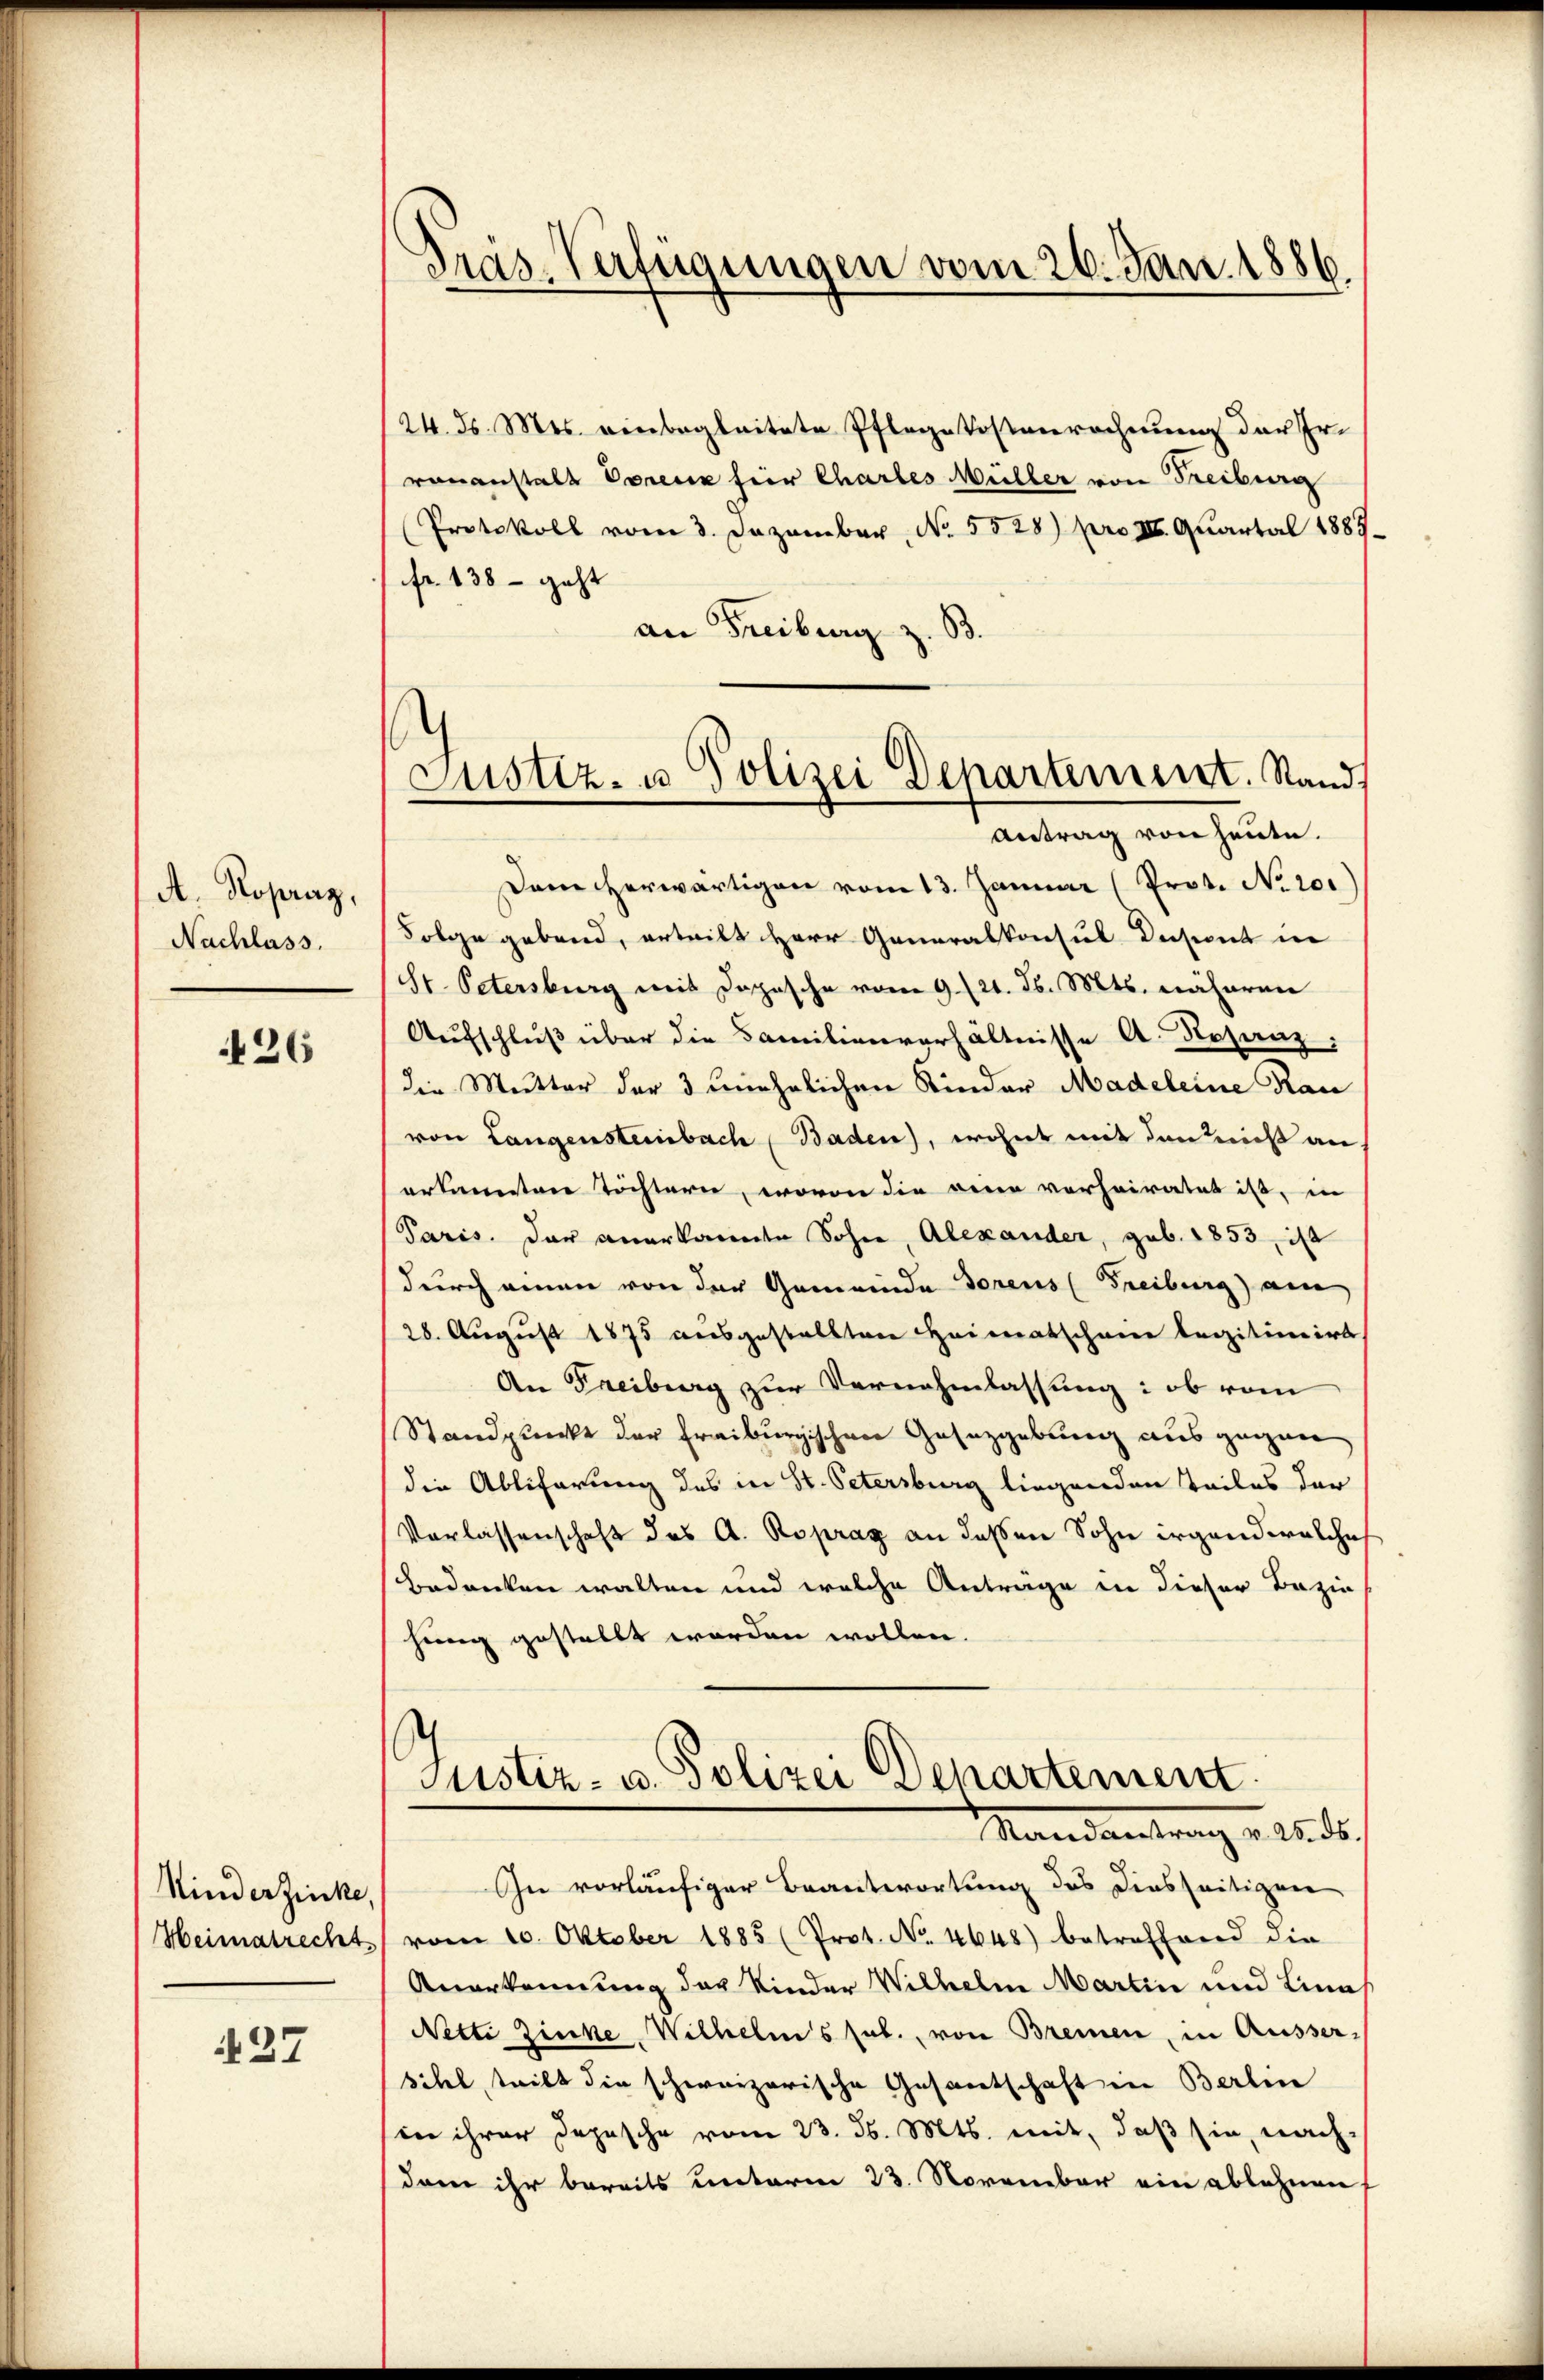
A. Kopraz,
Nachlass.

426

Kinderzinke,
Heimatrecht

37

24. d. Mts. einbegleitete Pflegekostenrechnung der Er-
rananstalt Porene hier Chartes Müller von Freiburg
Protokoll vom 3. Dezember, No. 5528) pro III. Quartal 1889
fr. 138 – geht
an Freiburg z. B.

Präs-Verfügungen vom 26. Jan. 1886.

Dem herwärtigen vom 13. Januar (Prot. No 201
Folge gebend, erteilt Herr Generalkonsul Dapont in
St. Petersburg mit Dopische vom 9. 121. Js. Mts. näheren
Aufschluß über die Familienverhältnisse A. Rosanz:
die Mutter der 3 unehelichen Kinder Madeleine Rau
von Langensteinbach Baden), wohnt mit den nicht an
erkannten Töchtern, wovon die eine vorheiratet ist, in
Paris. Der anerkannte Sohn, Alexander, geb. 1853, ist
durch einen von der Gemeinde Torens (Freiburg) am
28. August 1875 ausgestellten Heimatschane legitimirt
An Freiburg zur Vernahmlassung: ob vom
Standpunkt der Freiburgischen Gesetzgebung ausgegen
die Abliferung des in St. Petersburg liegenden Teiles der
Vorlassenschaft des A. Roprag an dassen Sohn irgend welche
bedrücken walten und welche Anträge in dieser Bezie
hung gestellt worden wollen.

Justiz- u Polizei Departement. Stand,
Antrag von heute.

Justiz- u. Polizei Departement
Randantrag v. 2. ds.

In vorläufiger Beantwortung des Diesseitigen
vom 10. Oktober 1885 (Prot. No. 4648) betreffend die
Anerkennung des Kinder Wilhelm Martin und Lina
Netti Zinke Wilhelms sub. von Bremen, in Ausser,
sihl, teilt die schweizerische Gesantschaft in Berlin
in ihrer Depesche vom 23. d. Mts. mit, daß sie, nach
dam ihr bereits unterm 23. November ein ablehnen